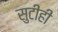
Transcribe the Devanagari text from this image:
सुटीही